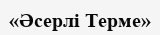
«Әсерлі Терме»